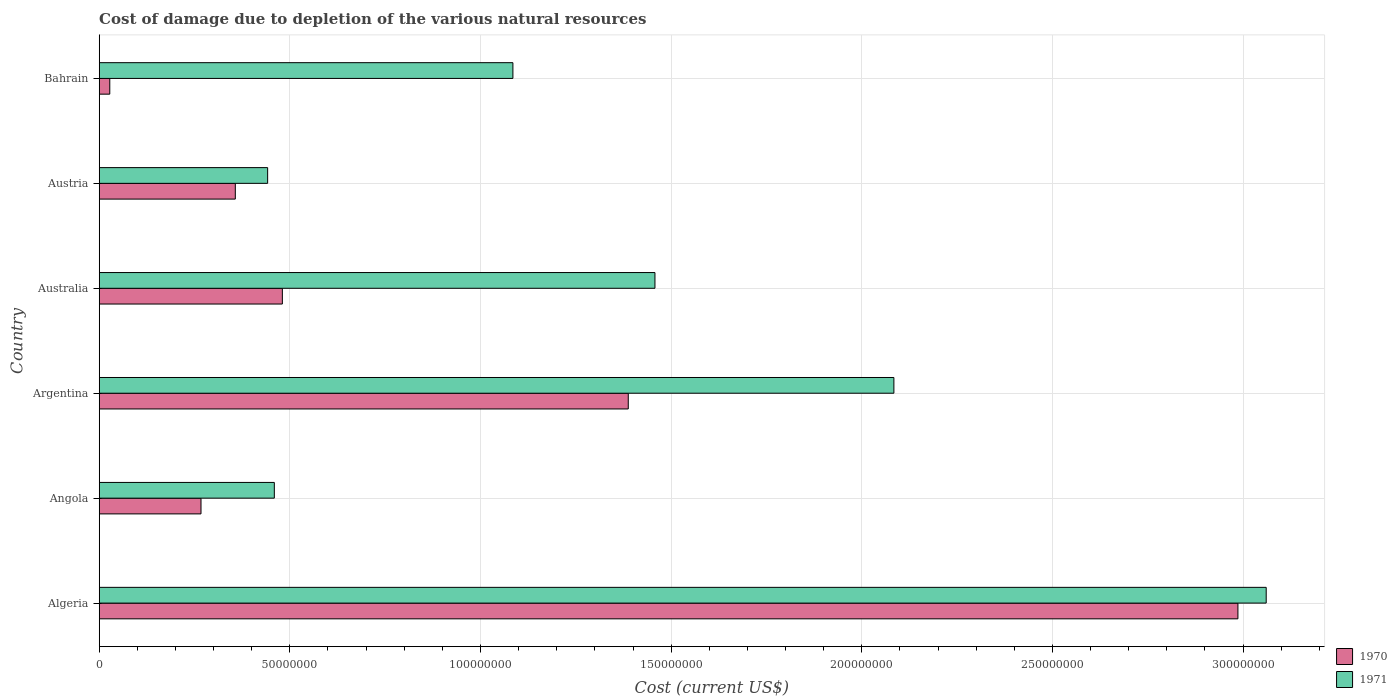
| Country | 1970 | 1971 |
 | --- | --- | --- |
 | Algeria | 2.99e+08 | 3.06e+08 |
 | Angola | 2.67e+07 | 4.59e+07 |
 | Argentina | 1.39e+08 | 2.08e+08 |
 | Australia | 4.8e+07 | 1.46e+08 |
 | Austria | 3.57e+07 | 4.42e+07 |
 | Bahrain | 2.77e+06 | 1.09e+08 |